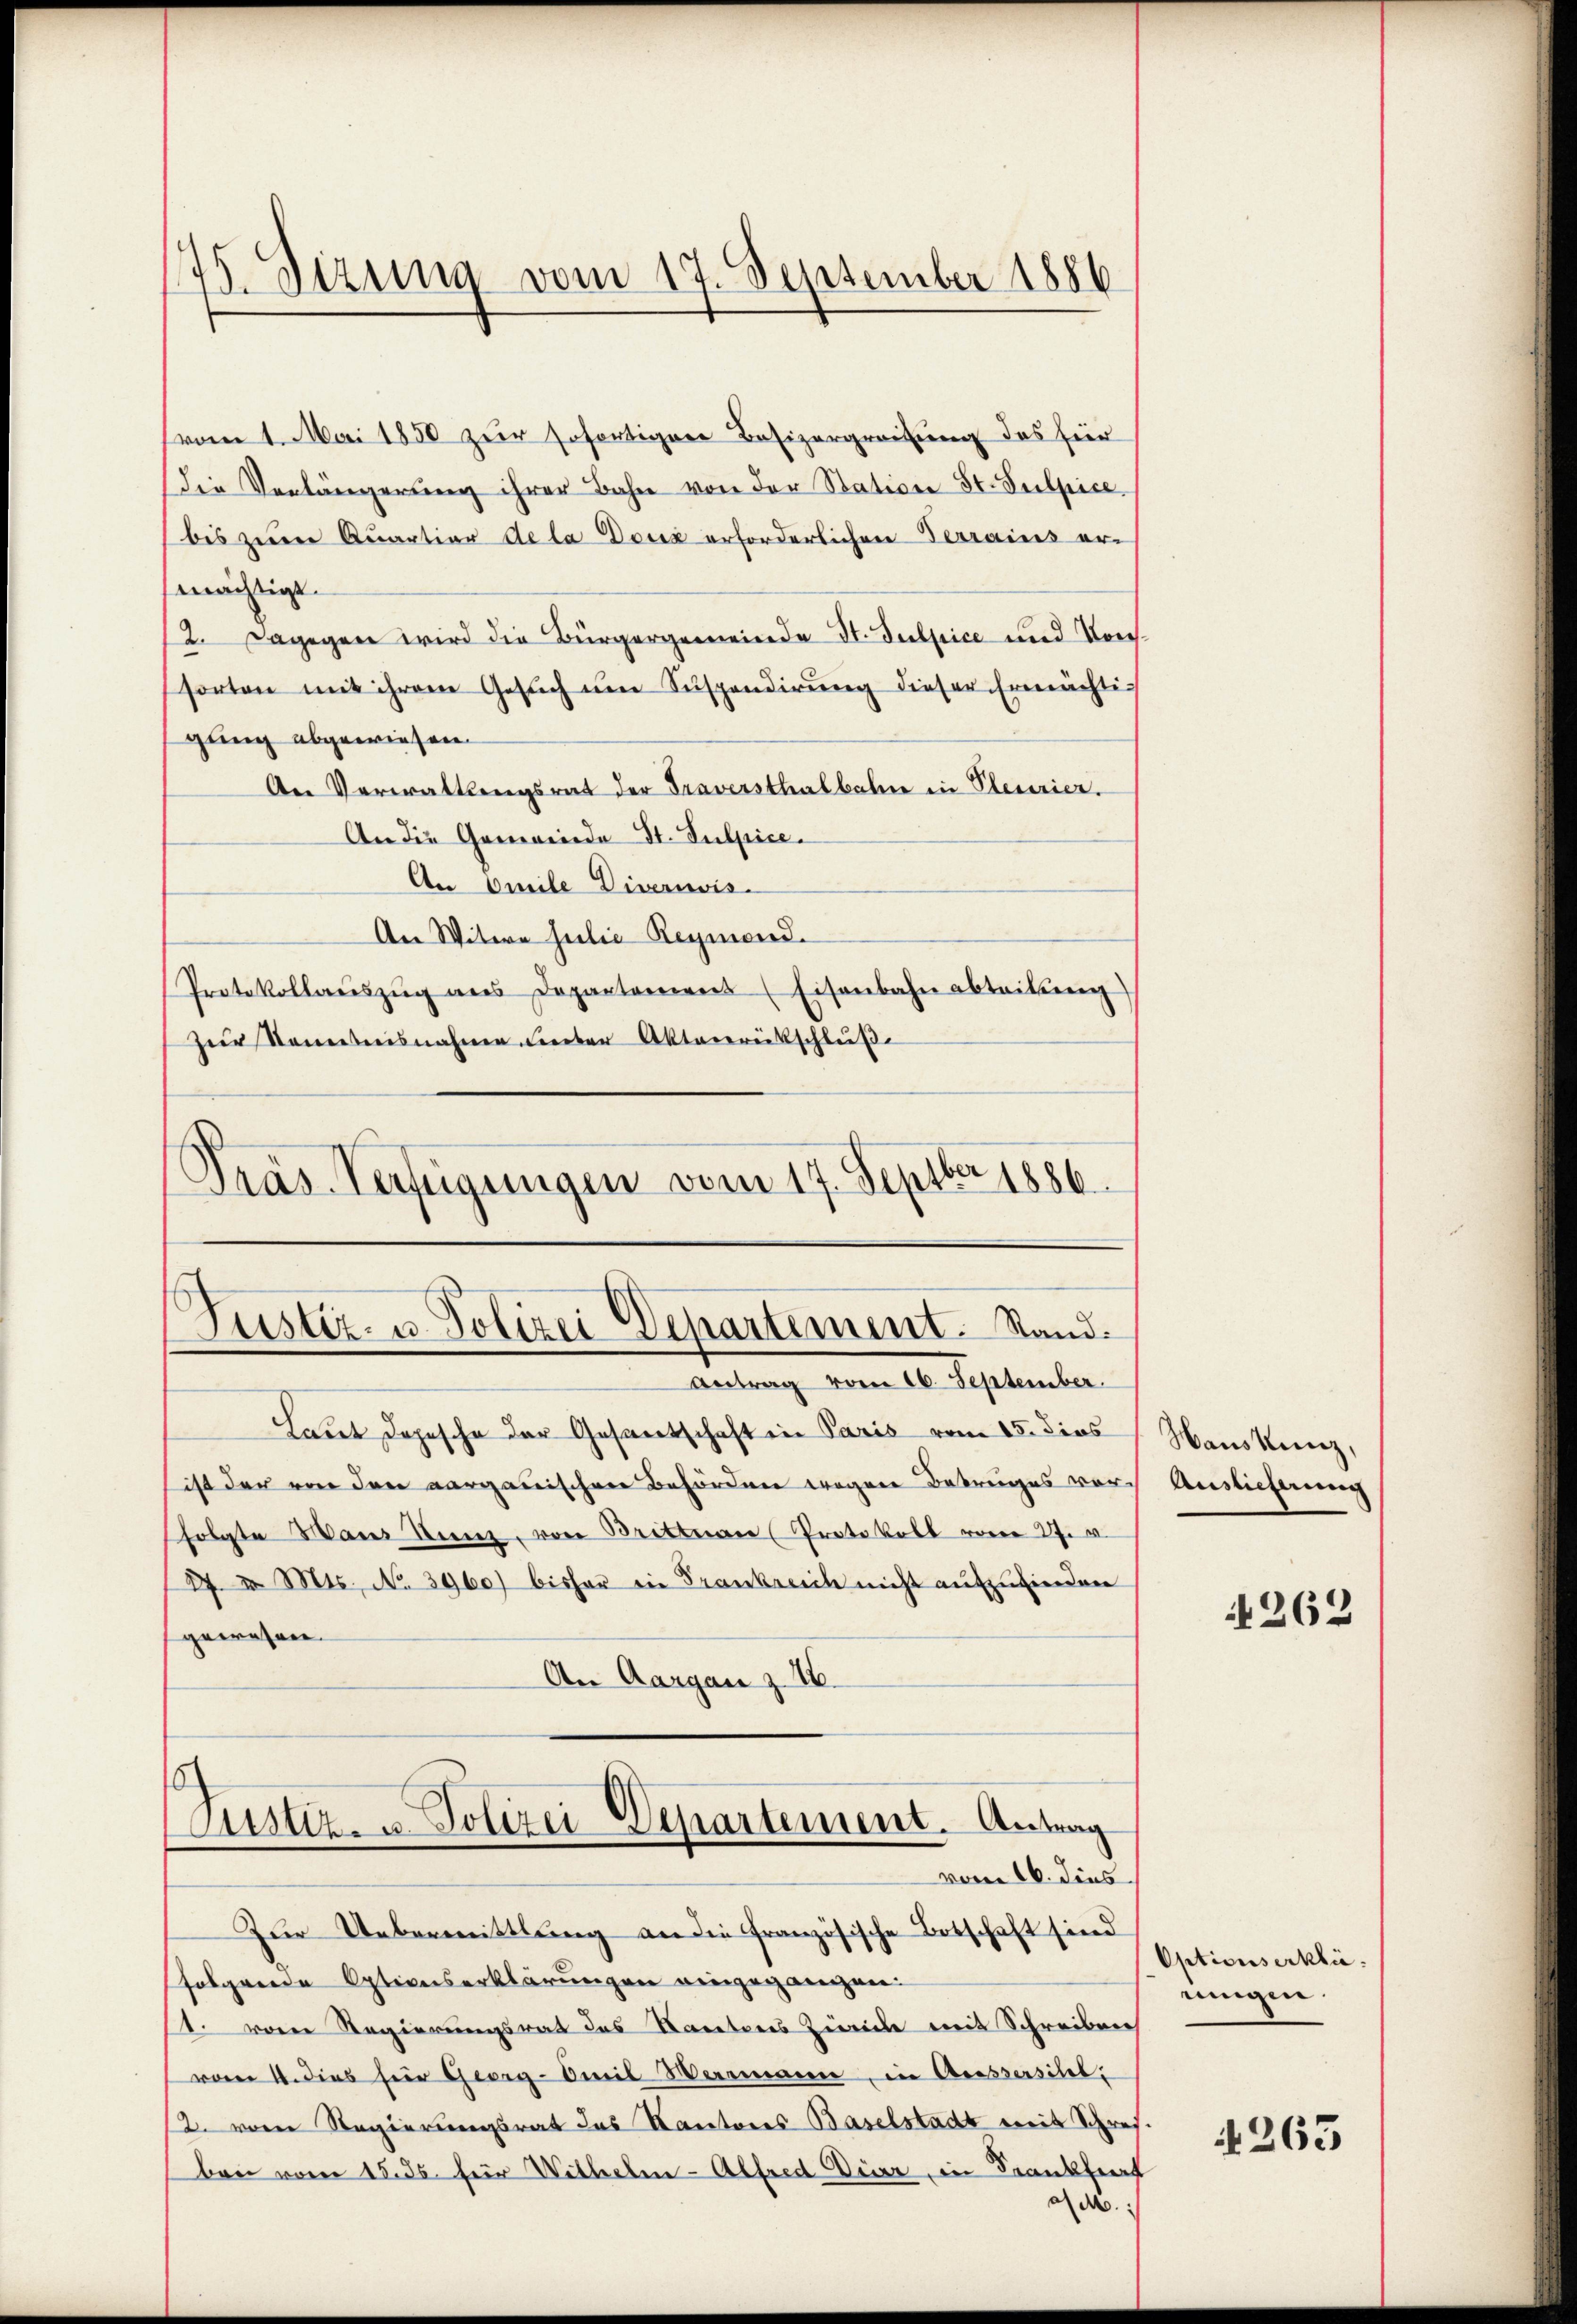
175. Sizung vom 17. September 1886

(vom 1. Mai 1850 zur sofortiger Besizergreifung des für
die Verlängerung ihrer Bahn von der Station St. Sulpice
bis zur Quartier de la Douz erforderlichen Terrains er-
mächtigt.
2. Dagegen wird die Bürgergemeinde St. Sulpice und Vorssorten mit ihrem Gesŭch ŭm Suspendirŭng dieser Ermächti-
gung abgewiesen.
Der Verwaltungsrat der Traversthalbahne in Plenorier.
An die Gemeinde St. Sulpice.
An Omile Divernis
An Witwe Julia Reymond.
Protokollaŭszŭg ans Departamens (Eisenbahn abteilung)
Zŭr Semestnisnahme unter Aktenrückschluße
Pras Verfügungen vom 17. Septbr 1886.

Justiz- u. Polizei Departement. Stand.
Antrag vom 16. September.

Laut Depesche der Gesantschaft in Paris vom 15. dies
ist der von den aargauischen Befördenen wegen Betrages vorfolgte Manz Kunz, von Brittnau (Protokoll vom 27. v.
27 I Mts. No 3960 bisher die Frankreich nicht aufzuzierden
gewesen.
An Aargau z. Z.
Justiz- u. Polizei Departement. Antrag
vom 16. dies
Zur Uebermittlung an die Französische Botschaft sind
folgende Optionserklärungen eingegangen:
1. von Regierungsrat des Kantons Zürich mit Schreiben
e 4. dies hier Georg-Oweil Herreacere, in Grossersihl,
12. vom Regierungsrat das Kantones Baselstadt mit Schreiben vom 15. ds. für Wilhelm - Alfred Dir in Frankfurt
a

Hauskunz,
Auslieferung

262

Optionserklä
ningen.

4263